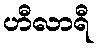
ဟီလာရီ